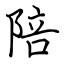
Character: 陪